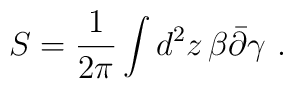
S = \frac{1}{2\pi} \int d^2z \,\beta \bar\partial \gamma \ .